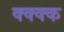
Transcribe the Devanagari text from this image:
क्क्क्क